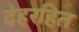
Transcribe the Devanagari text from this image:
देहरहित